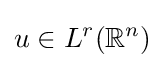
u\in L^{r}(\mathbb {R} ^{n})